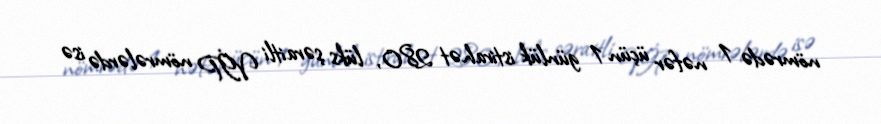
nömrədə 1 nəfər üçün 1 günlük istirahət 280, lüks şəraitli VİP nömrələrdə isə